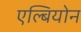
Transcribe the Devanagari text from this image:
एल्बियोन